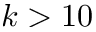
k > 1 0